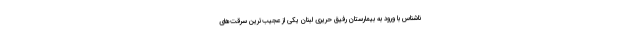
ناشناس با ورود به بیمارستان رفیق حریری لبنان یکی از عجیب‌ترین سرقت‌های